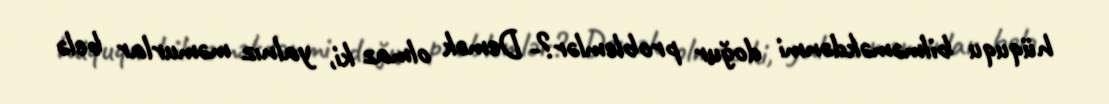
hüququ bilməməkdənmi doğur problemlər?- Demək olmaz ki, yalnız məmurlar belə